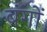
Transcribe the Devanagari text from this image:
बंगों